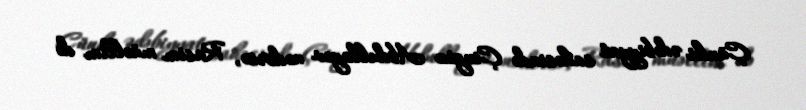
Çünki ədəbiyyat sahəsində Çingiz Abdullayev nədirsə, Rasim müəllim də